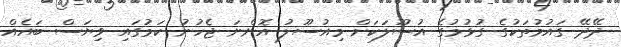
ދޭދޭ ގައުމުތަކުގެ ގުޅުމުގެ އުސޫލަކަށް މިއުސޫލު އޮންނަ ޖެހުނު ކަމުގައި ވިޔަސް ބައެއް